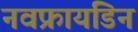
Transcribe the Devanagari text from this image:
नवफ्रायडिन